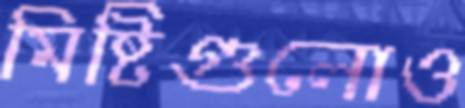
মিষ্টিগুলোও